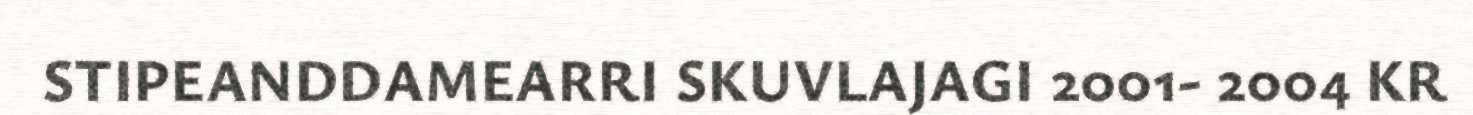
STIPEANDDAMEARRI SKUVLAJAGI 2001- 2004 KR